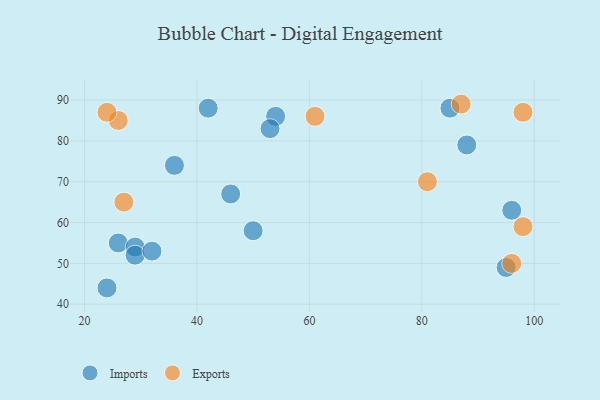
{"axis": {"x": "GDP", "y": "Life Expectancy"}, "legend": ["Exports", "Imports"], "data": [{"x": "88", "y": 79, "type": "Imports"}, {"x": "26", "y": 55, "type": "Imports"}, {"x": "54", "y": 86, "type": "Imports"}, {"x": "50", "y": 58, "type": "Imports"}, {"x": "42", "y": 88, "type": "Imports"}, {"x": "95", "y": 49, "type": "Imports"}, {"x": "29", "y": 54, "type": "Imports"}, {"x": "46", "y": 67, "type": "Imports"}, {"x": "36", "y": 74, "type": "Imports"}, {"x": "85", "y": 88, "type": "Imports"}, {"x": "53", "y": 83, "type": "Imports"}, {"x": "24", "y": 44, "type": "Imports"}, {"x": "96", "y": 63, "type": "Imports"}, {"x": "29", "y": 52, "type": "Imports"}, {"x": "32", "y": 53, "type": "Imports"}, {"x": "81", "y": 70, "type": "Exports"}, {"x": "98", "y": 59, "type": "Exports"}, {"x": "26", "y": 85, "type": "Exports"}, {"x": "27", "y": 65, "type": "Exports"}, {"x": "98", "y": 87, "type": "Exports"}, {"x": "87", "y": 89, "type": "Exports"}, {"x": "61", "y": 86, "type": "Exports"}, {"x": "24", "y": 87, "type": "Exports"}, {"x": "96", "y": 50, "type": "Exports"}]}